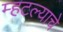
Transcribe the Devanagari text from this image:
म्हटल्याचे